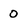
Character: 0